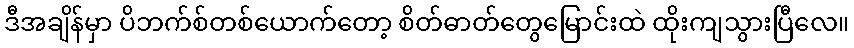
ဒီအချိန်မှာ ပိဘက်စ်တစ်ယောက်တော့ စိတ်ဓာတ်တွေမြောင်းထဲ ထိုးကျသွားပြီလေ။